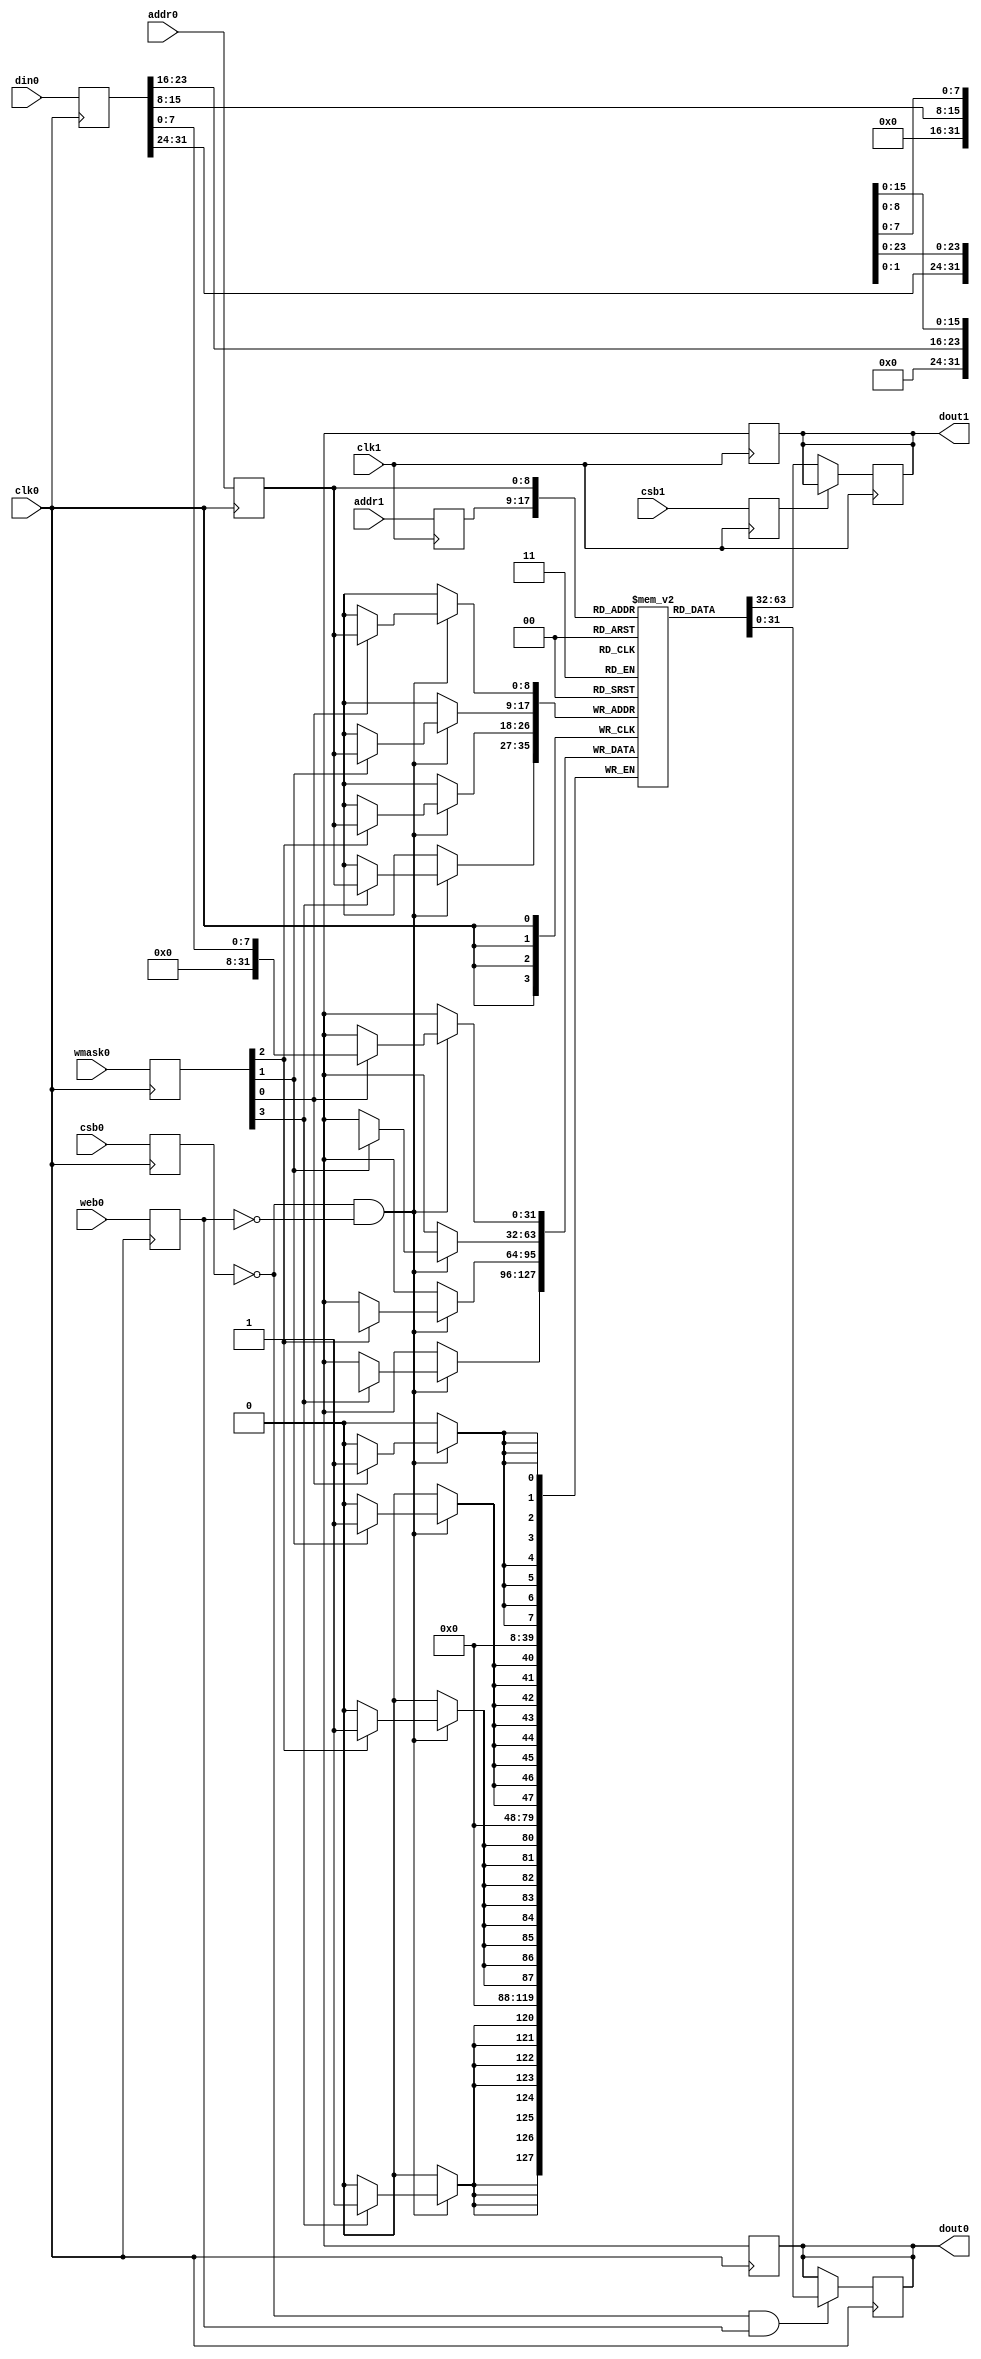
module sky130_sram_2kbyte_1rw1r_32x512_8(
`ifdef USE_POWER_PINS
    vccd1,
    vssd1,
`endif
// Port 0: RW
    clk0,csb0,web0,wmask0,addr0,din0,dout0,
// Port 1: R
    clk1,csb1,addr1,dout1
  );

  parameter NUM_WMASKS = 4 ;
  parameter DATA_WIDTH = 32 ;
  parameter ADDR_WIDTH = 9 ;
  parameter RAM_DEPTH = 1 << ADDR_WIDTH;
  // FIXME: This delay is arbitrary.
  parameter DELAY = 3 ;
  parameter VERBOSE = 1 ; //Set to 0 to only display warnings
  parameter T_HOLD = 1 ; //Delay to hold dout value after posedge. Value is arbitrary

`ifdef USE_POWER_PINS
    inout vccd1;
    inout vssd1;
`endif
  input  clk0; // clock
  input   csb0; // active low chip select
  input  web0; // active low write control
  input [NUM_WMASKS-1:0]   wmask0; // write mask
  input [ADDR_WIDTH-1:0]  addr0;
  input [DATA_WIDTH-1:0]  din0;
  output [DATA_WIDTH-1:0] dout0;
  input  clk1; // clock
  input   csb1; // active low chip select
  input [ADDR_WIDTH-1:0]  addr1;
  output [DATA_WIDTH-1:0] dout1;

  reg  csb0_reg;
  reg  web0_reg;
  reg [NUM_WMASKS-1:0]   wmask0_reg;
  reg [ADDR_WIDTH-1:0]  addr0_reg;
  reg [DATA_WIDTH-1:0]  din0_reg;
  reg [DATA_WIDTH-1:0]  dout0;

  // All inputs are registers
  always @(posedge clk0)
  begin
    csb0_reg = csb0;
    web0_reg = web0;
    wmask0_reg = wmask0;
    addr0_reg = addr0;
    din0_reg = din0;
    #(T_HOLD) dout0 = 32'bx;
    if ( !csb0_reg && web0_reg && VERBOSE ) 
      $display($time," Reading %m addr0=%b dout0=%b",addr0_reg,mem[addr0_reg]);
    if ( !csb0_reg && !web0_reg && VERBOSE )
      $display($time," Writing %m addr0=%b din0=%b wmask0=%b",addr0_reg,din0_reg,wmask0_reg);
  end

  reg  csb1_reg;
  reg [ADDR_WIDTH-1:0]  addr1_reg;
  reg [DATA_WIDTH-1:0]  dout1;

  // All inputs are registers
  always @(posedge clk1)
  begin
    csb1_reg = csb1;
    addr1_reg = addr1;
    if (!csb0 && !web0 && !csb1 && (addr0 == addr1))
         $display($time," WARNING: Writing and reading addr0=%b and addr1=%b simultaneously!",addr0,addr1);
    #(T_HOLD) dout1 = 32'bx;
    if ( !csb1_reg && VERBOSE ) 
      $display($time," Reading %m addr1=%b dout1=%b",addr1_reg,mem[addr1_reg]);
  end

reg [DATA_WIDTH-1:0]    mem [0:RAM_DEPTH-1];

  // Memory Write Block Port 0
  // Write Operation : When web0 = 0, csb0 = 0
  always @ (negedge clk0)
  begin : MEM_WRITE0
    if ( !csb0_reg && !web0_reg ) begin
        if (wmask0_reg[0])
                mem[addr0_reg][7:0] = din0_reg[7:0];
        if (wmask0_reg[1])
                mem[addr0_reg][15:8] = din0_reg[15:8];
        if (wmask0_reg[2])
                mem[addr0_reg][23:16] = din0_reg[23:16];
        if (wmask0_reg[3])
                mem[addr0_reg][31:24] = din0_reg[31:24];
    end
  end

  // Memory Read Block Port 0
  // Read Operation : When web0 = 1, csb0 = 0
  always @ (negedge clk0)
  begin : MEM_READ0
    if (!csb0_reg && web0_reg)
       dout0 <= #(DELAY) mem[addr0_reg];
  end

  // Memory Read Block Port 1
  // Read Operation : When web1 = 1, csb1 = 0
  always @ (negedge clk1)
  begin : MEM_READ1
    if (!csb1_reg)
       dout1 <= #(DELAY) mem[addr1_reg];
  end

endmodule